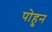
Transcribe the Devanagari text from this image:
पोहुन